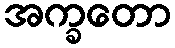
အက္ခတော